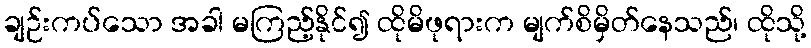
ချဉ်းကပ်သော အခါ မကြည့်နိုင်၍ ထိုမိဖုရားက မျက်စိမှိတ်နေသည်၊ ထိုသို့